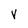
Character: V